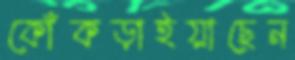
কোঁকড়াইয়াছেন